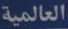
العالمية